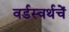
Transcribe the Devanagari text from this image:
वर्डस्वर्थचें